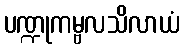
ပဏ္ဍုကမ္ဗလသိလာယံ